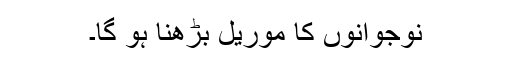
نوجوانوں کا موریل بڑھنا ہو گا۔